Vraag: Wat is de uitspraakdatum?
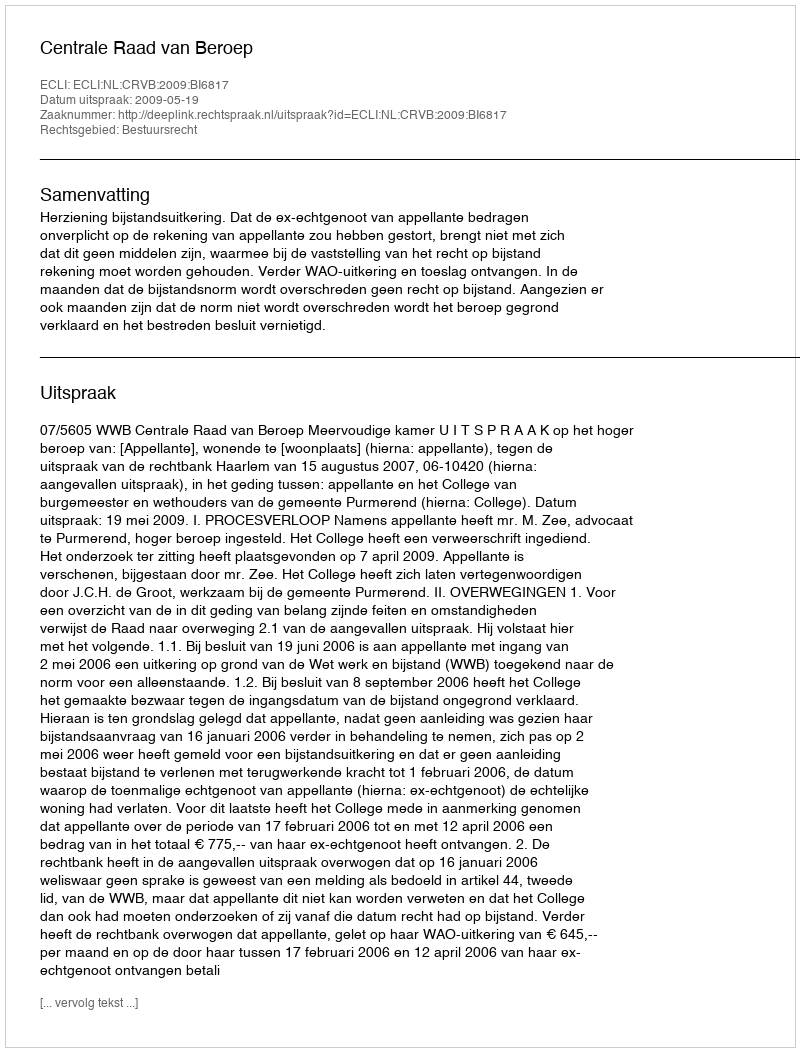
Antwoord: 2009-05-19